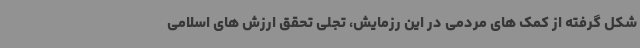
شکل گرفته از کمک های مردمی در این رزمایش، تجلی تحقق ارزش های اسلامی